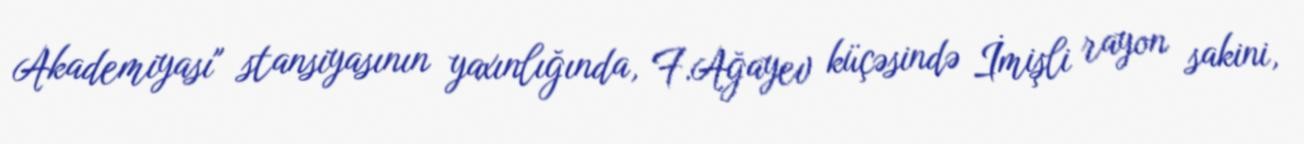
Akademiyası" stansiyasının yaxınlığında, F.Ağayev küçəsində İmişli rayon sakini,